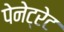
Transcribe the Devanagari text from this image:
पेनेट्रेट